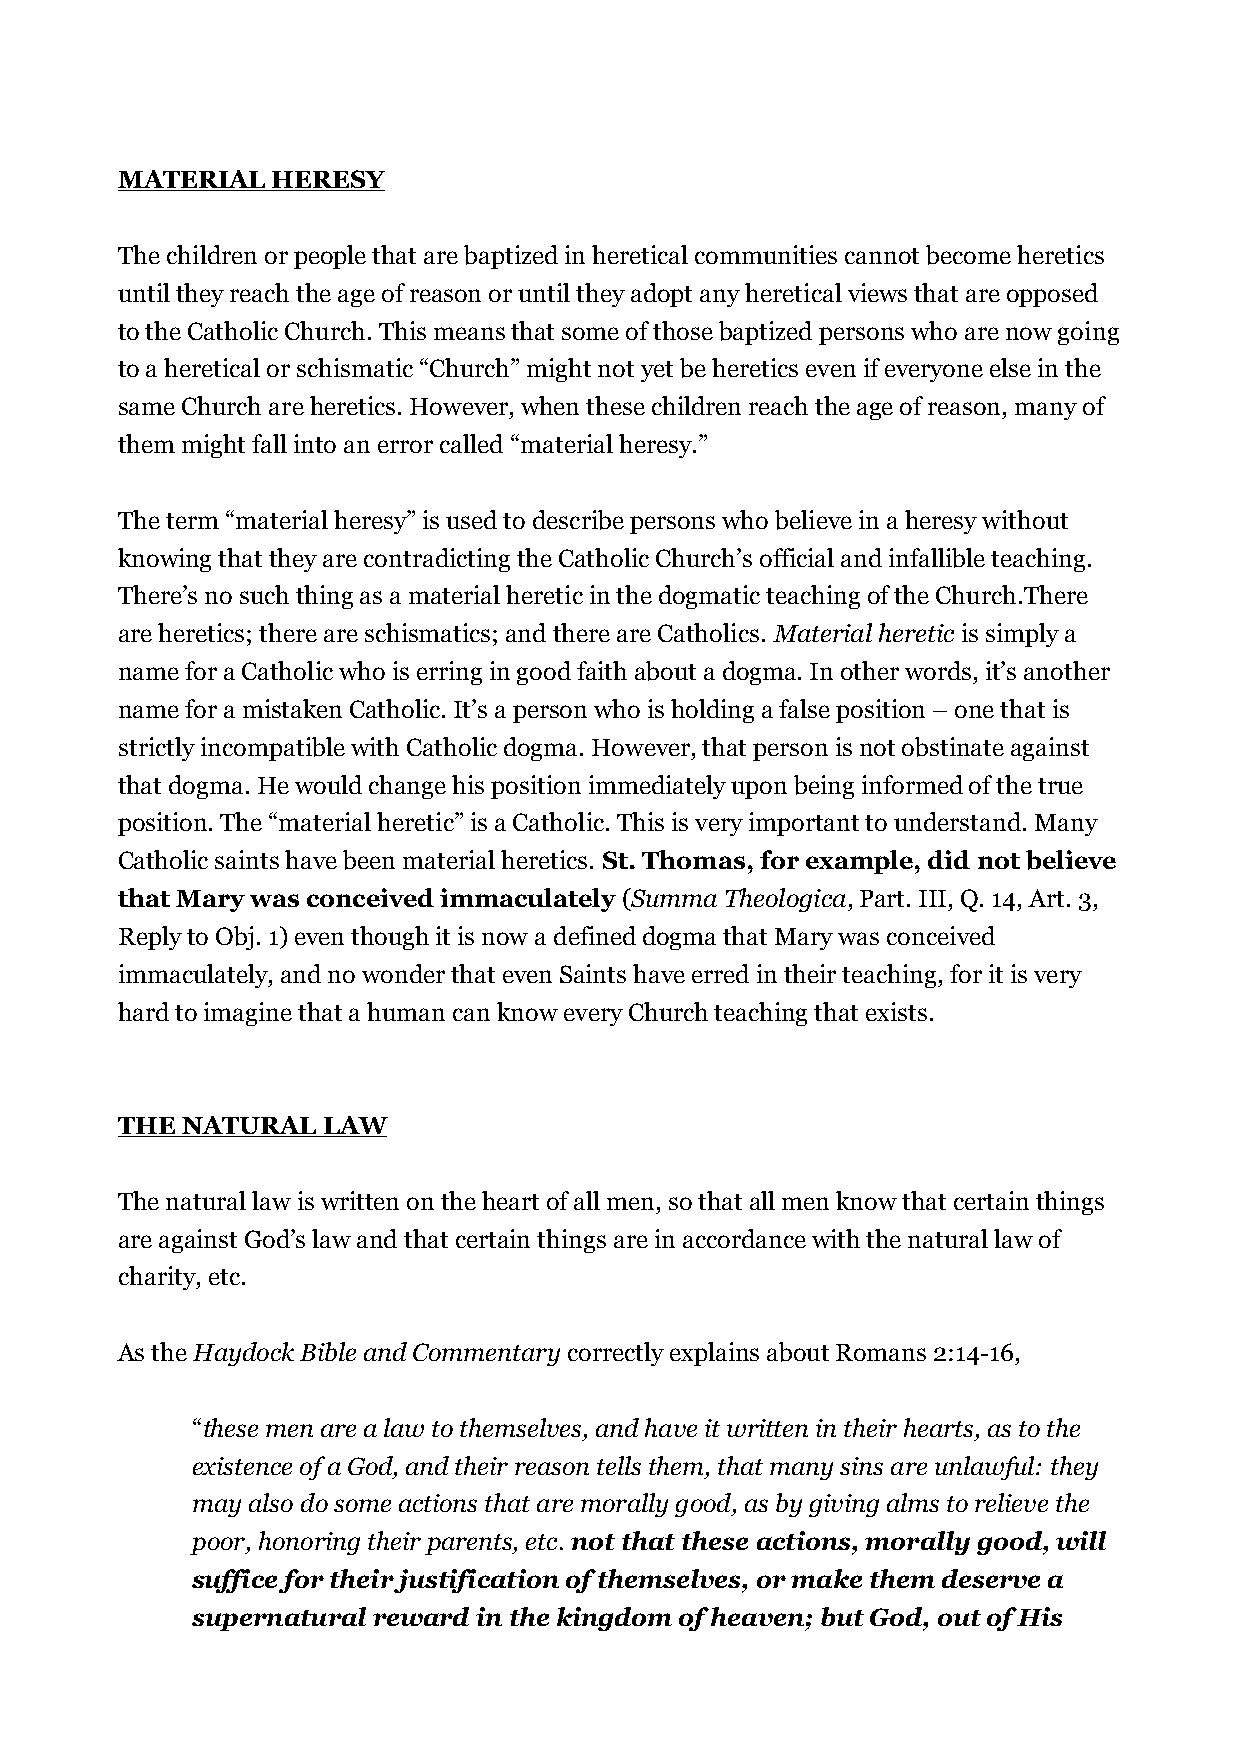
MATERIAL  HERESY
 The children or people that are baptized in heretical communities cannot become heretics
 until they reach the age of reason or until they adopt any heretical views that are opposed
 to the Catholic Church. This means that some of those baptized persons who are now going
 to a heretical or schismatic “Church” might not yet be heretics even if everyone else in the
 same Church are heretics. However, when these children reach the age of reason, many of
 them might fall into an error called “material heresy.”
 The term “material heresy” is used to describe persons who believe in a heresy without
 knowing that they are contradicting the Catholic Church’s official and infallible teaching.
 There’s no such thing as a material heretic in the dogmatic teaching of the Church.There
 are heretics; there are schismatics; and there are Catholics. Material heretic is simply a
 name for a Catholic who is erring in good faith about a dogma. In other words, it’s another
 name for a mistaken Catholic. It’s a person who is holding a false position – one that is
 strictly incompatible with Catholic dogma. However, that person is not obstinate against
 that dogma. He would change his position immediately upon being informed of the true
 position. The “material heretic” is a Catholic. This is very important to understand. Many
 Catholic saints have been material heretics. St. Thomas, for example, did not believe
 that Mary was conceived immaculately (Summa Theologica, Part. III, Q. 14, Art. 3,
 Reply to Obj. 1) even though it is now a defined dogma that Mary was conceived
 immaculately, and no wonder that even Saints have erred in their teaching, for it is very
 hard to imagine that a human can know every Church teaching that exists.
 THE NATURAL  LAW
 The natural law is written on the heart of all men, so that all men know that certain things
 are against God’s law and that certain things are in accordance with the natural law of
 charity, etc.
 As the Haydock Bible and Commentary correctly explains about Romans 2:14-16,
 “these men are a law to themselves, and have it written in their hearts, as to the
 existence of a God, and their reason tells them, that many sins are unlawful: they
 may also do some actions that are morally good, as by giving alms to relieve the
 poor, honoring their parents, etc. not that these actions, morally good, will
 suffice for their justification of themselves, or make them deserve a
 supernatural reward in the kingdom of heaven; but God, out of His